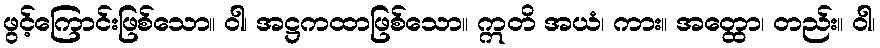
ဖွင့်ကြောင်းဖြစ်သော။ ဝါ၊ အဋ္ဌကထာဖြစ်သော။ ဣတိ အယံ၊ ကား။ အတ္ထော၊ တည်း။ ဝါ၊